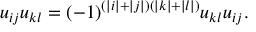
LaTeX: u _ { i j } u _ { k l } = ( - 1 ) ^ { ( | i | + | j | ) ( | k | + | l | ) } u _ { k l } u _ { i j } .